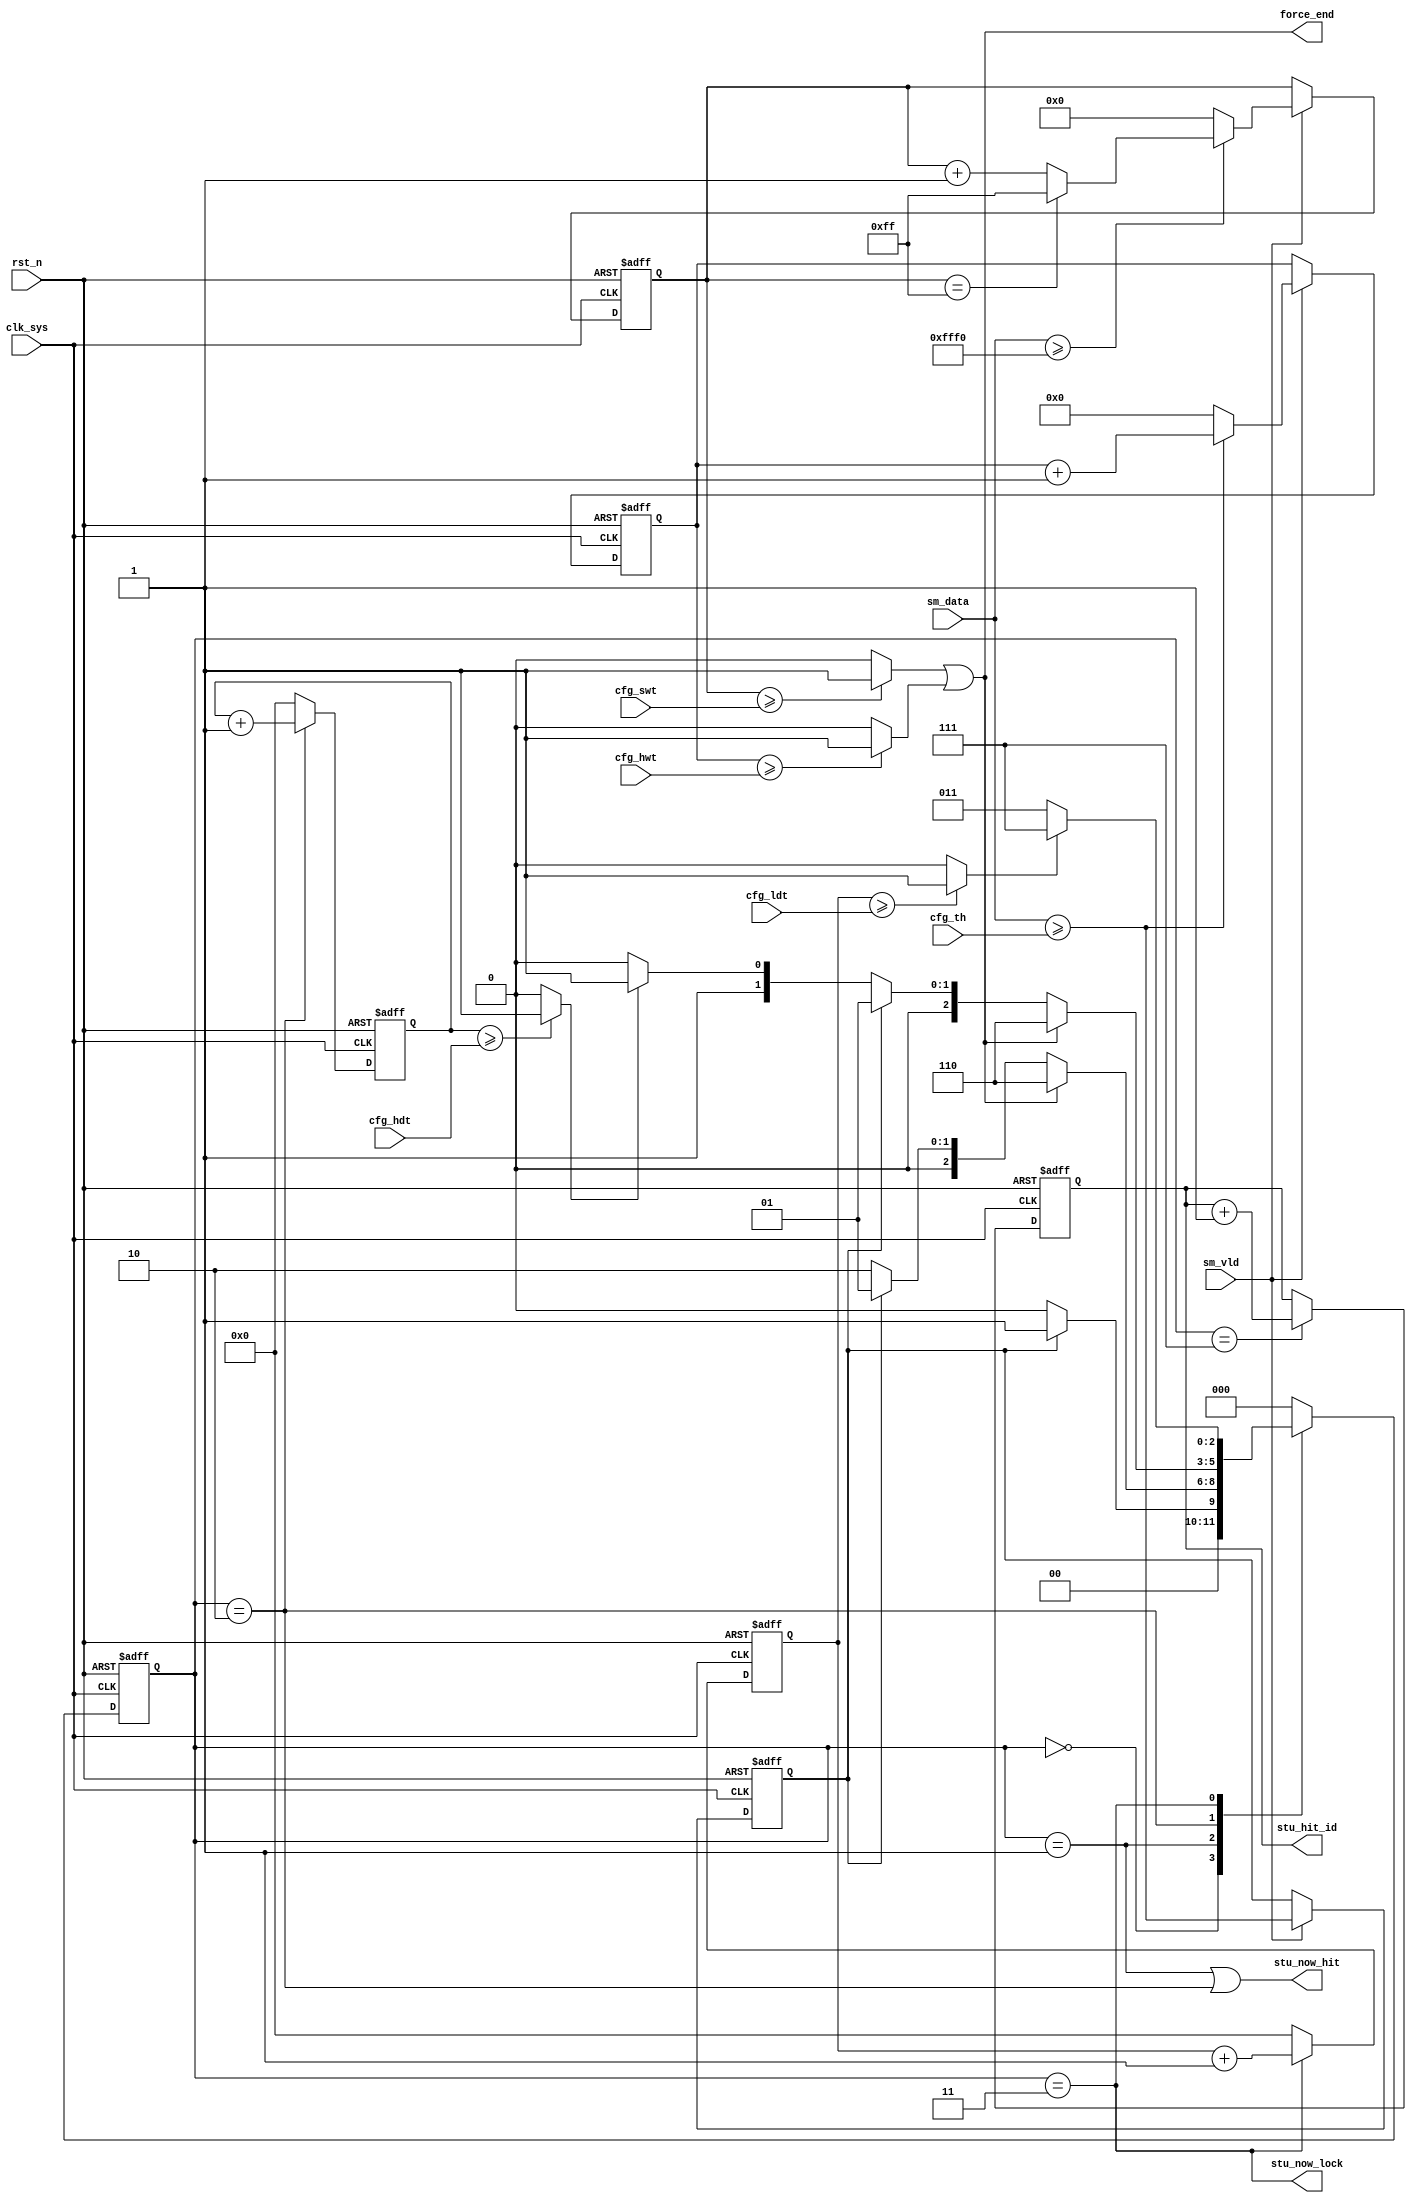
//hit_main.v

module hit_main(
//data path
sm_data,
sm_vld,
//register
cfg_th,
cfg_hdt,
cfg_ldt,
cfg_swt,
cfg_hwt,
stu_now_hit,
stu_now_lock,
stu_hit_id,
force_end,
//clk rst
clk_sys,
rst_n
);
//data path
input [15:0]	sm_data;
input					sm_vld;
//register
input [15:0]	cfg_th;		//hit threshold
input [31:0]	cfg_hdt;	//hit defination time
input [31:0]	cfg_ldt;	//lock defination time
input [15:0]	cfg_swt;	//saturation width threshold
input [15:0]	cfg_hwt;	//hit width threshold
output stu_now_hit;
output stu_now_lock;
output [15:0] stu_hit_id;
output force_end;
//clk rst
input clk_sys;
input rst_n;
//--------------------------------
//--------------------------------


//--------- main hit FSM ---------
parameter S_IDLE = 3'h0;
parameter S_UP   = 3'h1;
parameter S_DOWN = 3'h2;
parameter S_LOCK = 3'h3;
parameter S_FORCE = 3'h6;
parameter S_DONE = 3'h7;
reg [2:0] st_hit;
reg hit_up;
wire finish_hdt;
wire finish_ldt;
wire force_end/*synthesis keep*/;
always @ (posedge clk_sys or negedge rst_n)	begin
	if(~rst_n)
		st_hit <= S_IDLE;
	else begin
		case(st_hit)
			S_IDLE : st_hit <= hit_up ? S_UP : S_IDLE;
			S_UP	 : st_hit <= force_end ? S_FORCE :
												 hit_up ? S_UP : S_DOWN;
			S_DOWN : st_hit <= force_end ? S_FORCE :
												 hit_up ? S_UP : 
												 finish_hdt ? S_LOCK : S_DOWN;
			S_LOCK : st_hit <= finish_ldt ? S_DONE : S_LOCK;
			S_FORCE: st_hit <= S_IDLE;
			S_DONE : st_hit <= S_IDLE;
			default : st_hit <= S_IDLE;
		endcase
	end
end


//--------- FSM switch -------
always @ (posedge clk_sys or negedge rst_n) begin
	if(~rst_n)
		hit_up <= 1'b0;
	else if(sm_vld)
		hit_up <= (sm_data >= cfg_th);
	else ;
end
 
reg [31:0] cnt_hit;
reg [31:0] cnt_lock;
always @ (posedge clk_sys or negedge rst_n)	begin
	if(~rst_n)
		cnt_hit <= 32'h0;
	else if(st_hit == S_DOWN)
		cnt_hit <= cnt_hit + 32'h1;
	else 
		cnt_hit <= 32'h0;
end
always @ (posedge clk_sys or negedge rst_n)	begin
	if(~rst_n)
		cnt_lock <= 32'h0;
	else if(st_hit == S_LOCK)
		cnt_lock <= cnt_lock + 32'h1;
	else 
		cnt_lock <= 32'h0;
end
assign finish_hdt = (cnt_hit >= cfg_hdt) ? 1'b1 : 1'b0;
assign finish_ldt = (cnt_lock >= cfg_ldt) ? 1'b1 : 1'b0;


reg [7:0]	cnt_sm_sat;
always @ (posedge clk_sys or negedge rst_n)	begin
	if(~rst_n)
		cnt_sm_sat <= 8'h0;
	else if(sm_vld)	begin
		if (sm_data >= 16'hfff0) begin
//			cnt_sm_sat <= (cnt_sm_sat == 8'hff) ?  8'hff : cnt_sm_sat+8'h1;
			if(cnt_sm_sat == 8'hff)
				cnt_sm_sat <= 8'hff;
			else 
				cnt_sm_sat <= cnt_sm_sat+8'h1;
		end
		else 
			cnt_sm_sat <= 16'h0;
	end
	else;
end
wire force_end1;
assign force_end1 = (cnt_sm_sat >= cfg_swt) ? 1'b1 : 1'b0;


//-------- status out ------
wire stu_now_hit;
wire stu_now_lock;
assign stu_now_hit = (st_hit == S_UP) | (st_hit == S_DOWN);
assign stu_now_lock = (st_hit == S_LOCK);
reg [15:0] stu_hit_id;
always @ (posedge clk_sys or negedge rst_n)	begin
	if(~rst_n)
		stu_hit_id <= 16'h0;
	else if(st_hit == S_DONE)
		stu_hit_id <= stu_hit_id + 16'h1;
	else ;
end


//--------- cnt_up ----------
reg [15:0] cnt_up;
always @(posedge clk_sys or negedge rst_n)	begin
	if(~rst_n)
		cnt_up <= 16'h0;
	else if(sm_vld)
		cnt_up <= (sm_data >= cfg_th) ? (cnt_up + 16'h1) : 16'h0;
	else ;
end

wire force_end2;
assign force_end2 = (cnt_up >= cfg_hwt) ? 1'b1 :1'b0;

assign force_end = force_end1 | force_end2;

endmodule